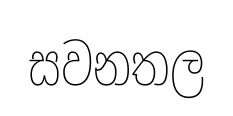
සවනතල